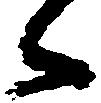
々